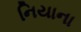
નિયાના